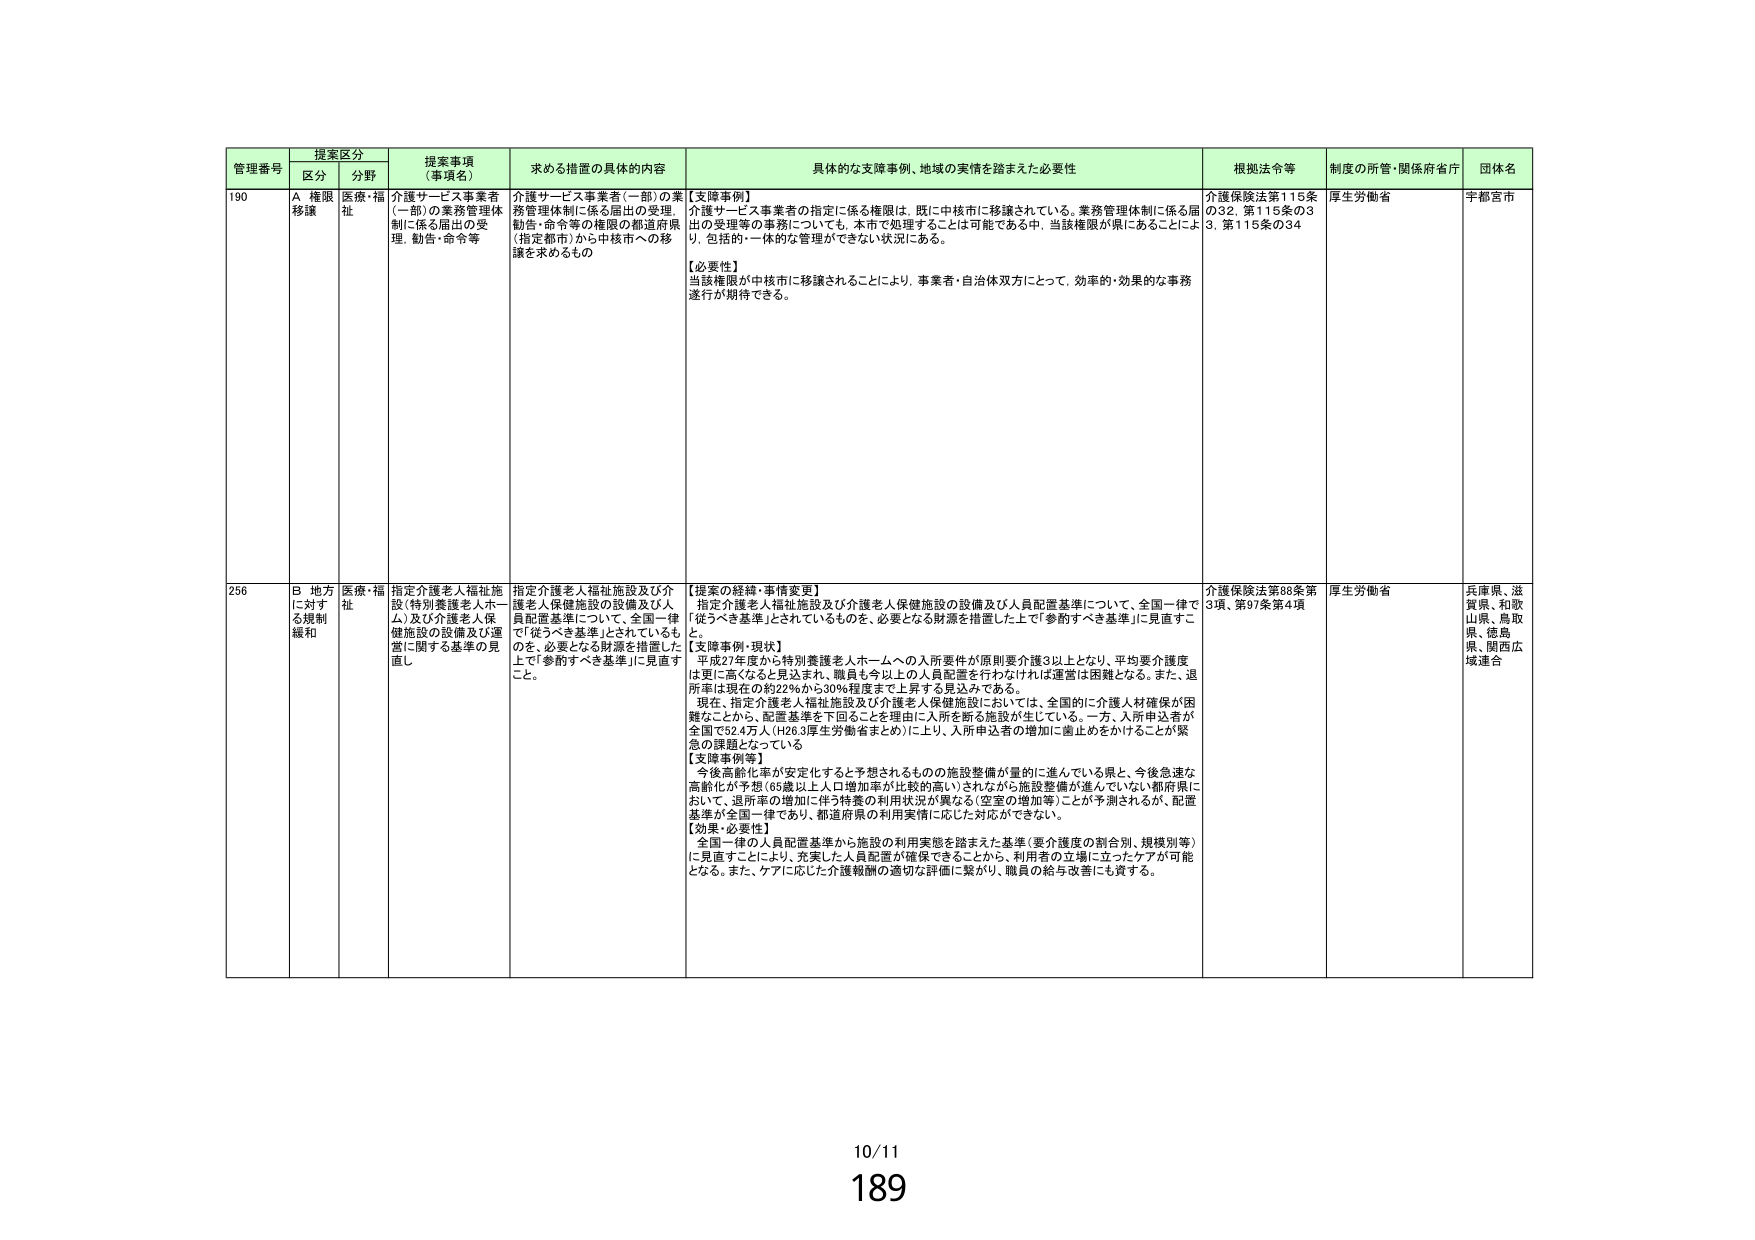
管理番号 提案区分 提案事項（事項名） 求める措置の具体的内容 具体的な支援事例、地域の実情を踏まえた必要性 根拠法令等 制度の所管・関係府省庁 団体名
区分 分野
190 A 権限移譲 医療・福祉 介護サービス事業者（一部）の業務管理体制に係る届出の受理、勧告・命令等 介護サービス事業者（一部）の業務管理体制に係る届出の受理、勧告・命令等の権限の都道府県（指定都市）から中核市への移譲を求めるもの 【支援事例】 介護サービス事業者の指定に係る権限は、既に中核市に移譲されている。業務管理体制に係る届出の受理等の事務についても、本市で処理することは可能であるが中、当該権限が県にあることにより、包括・一体的な管理ができない状況にある。 【必要性】 当該権限が中核市に移譲されることにより、事業者・自治体双方にとって、効率的・効果的な事務遂行が期待できる。 介護保険法第115条の32、第115条の33、第115条の34 厚生労働省 宇都宮市
256 B 地方に対する規制緩和 医療・福祉 指定介護老人福祉施設（特別養護老人ホーム）及び介護老人保健施設の設備及び運営に関する基準の見直し 指定介護老人福祉施設及び介護老人保健施設の設備及び人員配置基準について、全国一律で「従うべき基準」とされているものを、必要となる財源を措置した上で「参酌すべき基準」に見直すこと。 【提案の経緯・事情変更】 指定介護老人福祉施設及び介護老人保健施設の設備及び人員配置基準について、全国一律で「従うべき基準」とされているものを、必要となる財源を措置した上で「参酌すべき基準」に見直すこと。 【支障事例・現状】 平成27年度から特別養護老人ホームへの入所要件が原則要介護3以上となり、平均要介護度は更に高くなると見込まれ、職員も今以上の人員配置を行わなければ運営は困難となる。また、退所率は現在の約22％から30％程度まで上昇する見込みである。 現在、指定介護老人福祉施設及び介護老人保健施設においては、全国的に介護人材確保が困難なことから、配置基準を下回ることを理由に入所を断る施設が生じている。一方、入所申込者が全国で52.4万人（H26.3厚生労働省まとめ）に上り、入所申込者の増加に歯止めをかけることが緊急の課題となっている 【支障事例等】 今後高齢化率が安定化すると予想されるものの施設整備が量的に進んでいる県と、今後急速な高齢化が予想（65歳以上人口増加率が比較的高い）されながら施設整備が進んでいない都府県において、退所率の増加に伴う特養の利用状況が異なる（空室の増加等）ことが予測されるが、配置基準が全国一律であり、都道府県の利用実情に応じた対応ができない。 【効果・必要性】 全国一律の人員配置基準から施設の利用実態を踏まえた基準（要介護度の割合別、規模別等）に見直すことにより、充実した人員配置が確保できることから、利用者の立場に立ったケアが可能となる。また、ケアに応じた介護報酬の適切な評価に繋がり、職員の給与改善にも資する。 介護保険法第88条第3項、第97条第4項 厚生労働省 兵庫県、滋賀県、和歌山県、鳥取県、徳島県、関西広域連合
10/11
189